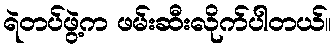
ရဲတပ်ဖွဲ့က ဖမ်းဆီးလိုက်ပါတယ်။